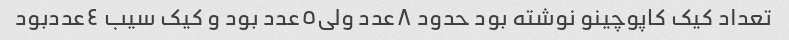
تعداد کیک کاپوچینو نوشته بود حدود ٨عدد ولی٥عدد بود و کیک سیب ٤عددبود